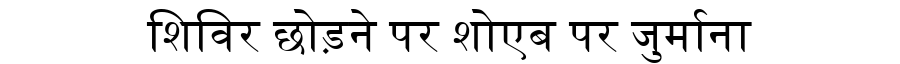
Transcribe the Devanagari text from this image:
शिविर छोड़ने पर शोएब पर जुर्माना